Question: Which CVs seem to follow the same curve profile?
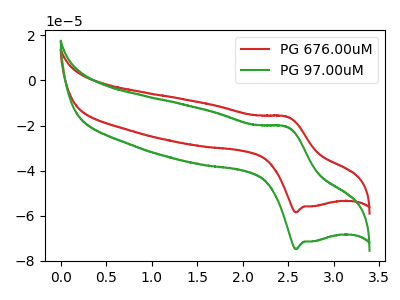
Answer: <think>The red curve "PG 676.00uM" has an anodic peak at (2.50V, -16.05uA) and a cathodic peak at (2.60V, -58.50uA). The green curve "PG 97.00uM" has an anodic peak at (2.50V, -20.55uA) and a cathodic peak at (2.60V, -74.75uA).
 All the peaks in "PG 676.00uM" have a peak in "PG 97.00uM" at the same potential.</think>
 <answer>"PG 97.00uM" and "PG 676.00uM" have the same shape and are likely CV's of the same chemical.</answer>
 <eval>"PG 97.00uM" "PG 676.00uM"</eval>